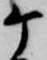
ケ